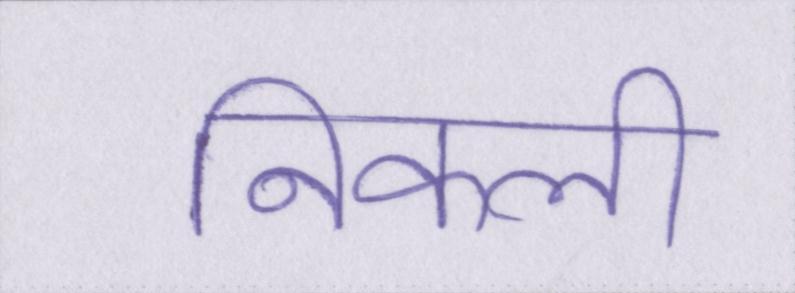
निकली